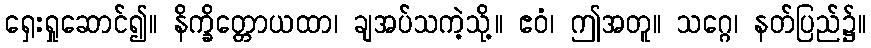
ရှေးရှုဆောင်၍။ နိက္ခိတ္တောယထာ၊ ချအပ်သကဲ့သို့။ ဧဝံ၊ ဤအတူ။ သဂ္ဂေ၊ နတ်ပြည်၌။